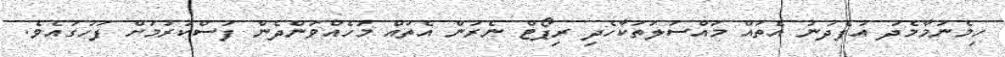
ހިމެނުމާމެދު އުފެދުނު އެތައް މައްސަލަތަކާހެދި ރިޕޯޓް ނެރުން އެތައް މަހެއްވަންދެން ފަސްކުރުމަށް ފަހުގައެވެ.